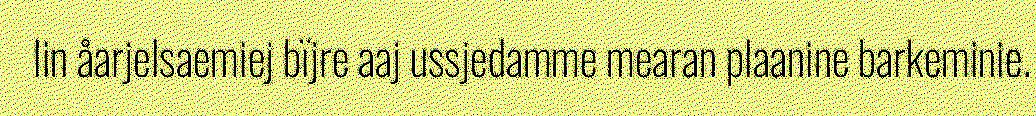
lin åarjelsaemiej bïjre aaj ussjedamme mearan plaanine barkeminie.